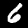
Label: 6